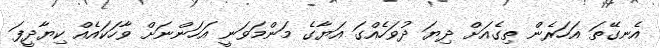
އެނގޭތަ އަހަރެން ތިގެއަށް ދިޔަ ދުވަހެއްގަ އަޔާގެ މަންމަވަނީ އަހަންނަށް ވާހަކައެއް ކިޔާދީފަ